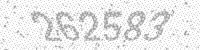
Solution: 262583